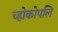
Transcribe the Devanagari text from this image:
च्होकोपलि